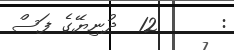
:      12  ދުނިޔޭގެ ފަސް